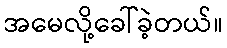
အမေလို့ခေါ်ခဲ့တယ်။